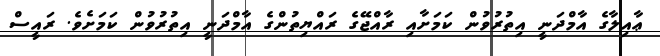
ޢާއިލާގެ އާމްދަނީ އިތުރުވުން ކަމަށާއި ރާއްޖޭގެ ރައްޔިތުންގެ އާމްދަނީ އިތުރުވުން ކަމަށެވެ. ރައީސް